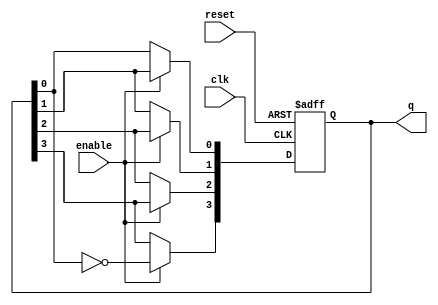
module johnson_counter (
    input wire clk,          // Clock input
    input wire enable,       // Enable signal
    input wire reset,        // Asynchronous reset signal
    output reg [3:0] q       // 4-bit output representing the current state
);

    // Always block triggered on the rising edge of the clock or reset
    always @(posedge clk or posedge reset) begin
        if (reset) begin
            // Asynchronous reset: set counter to 0
            q <= 4'b0000;
        end else if (enable) begin
            // Johnson counter logic
            q[3] <= ~q[0]; // Invert the last flip-flop's output and feed it to the first
            q[2] <= q[3];  // Shift the state
            q[1] <= q[2];  // Shift the state
            q[0] <= q[1];  // Shift the state
        end
        // If enable is low, retain the current state
    end

endmodule